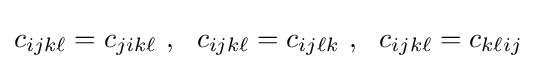
c_{ijk\ell }=c_{jik\ell }~,~~c_{ijk\ell }=c_{ij\ell k}~,~~c_{ijk\ell }=c_{k\ell ij}~